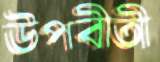
উপবীতী